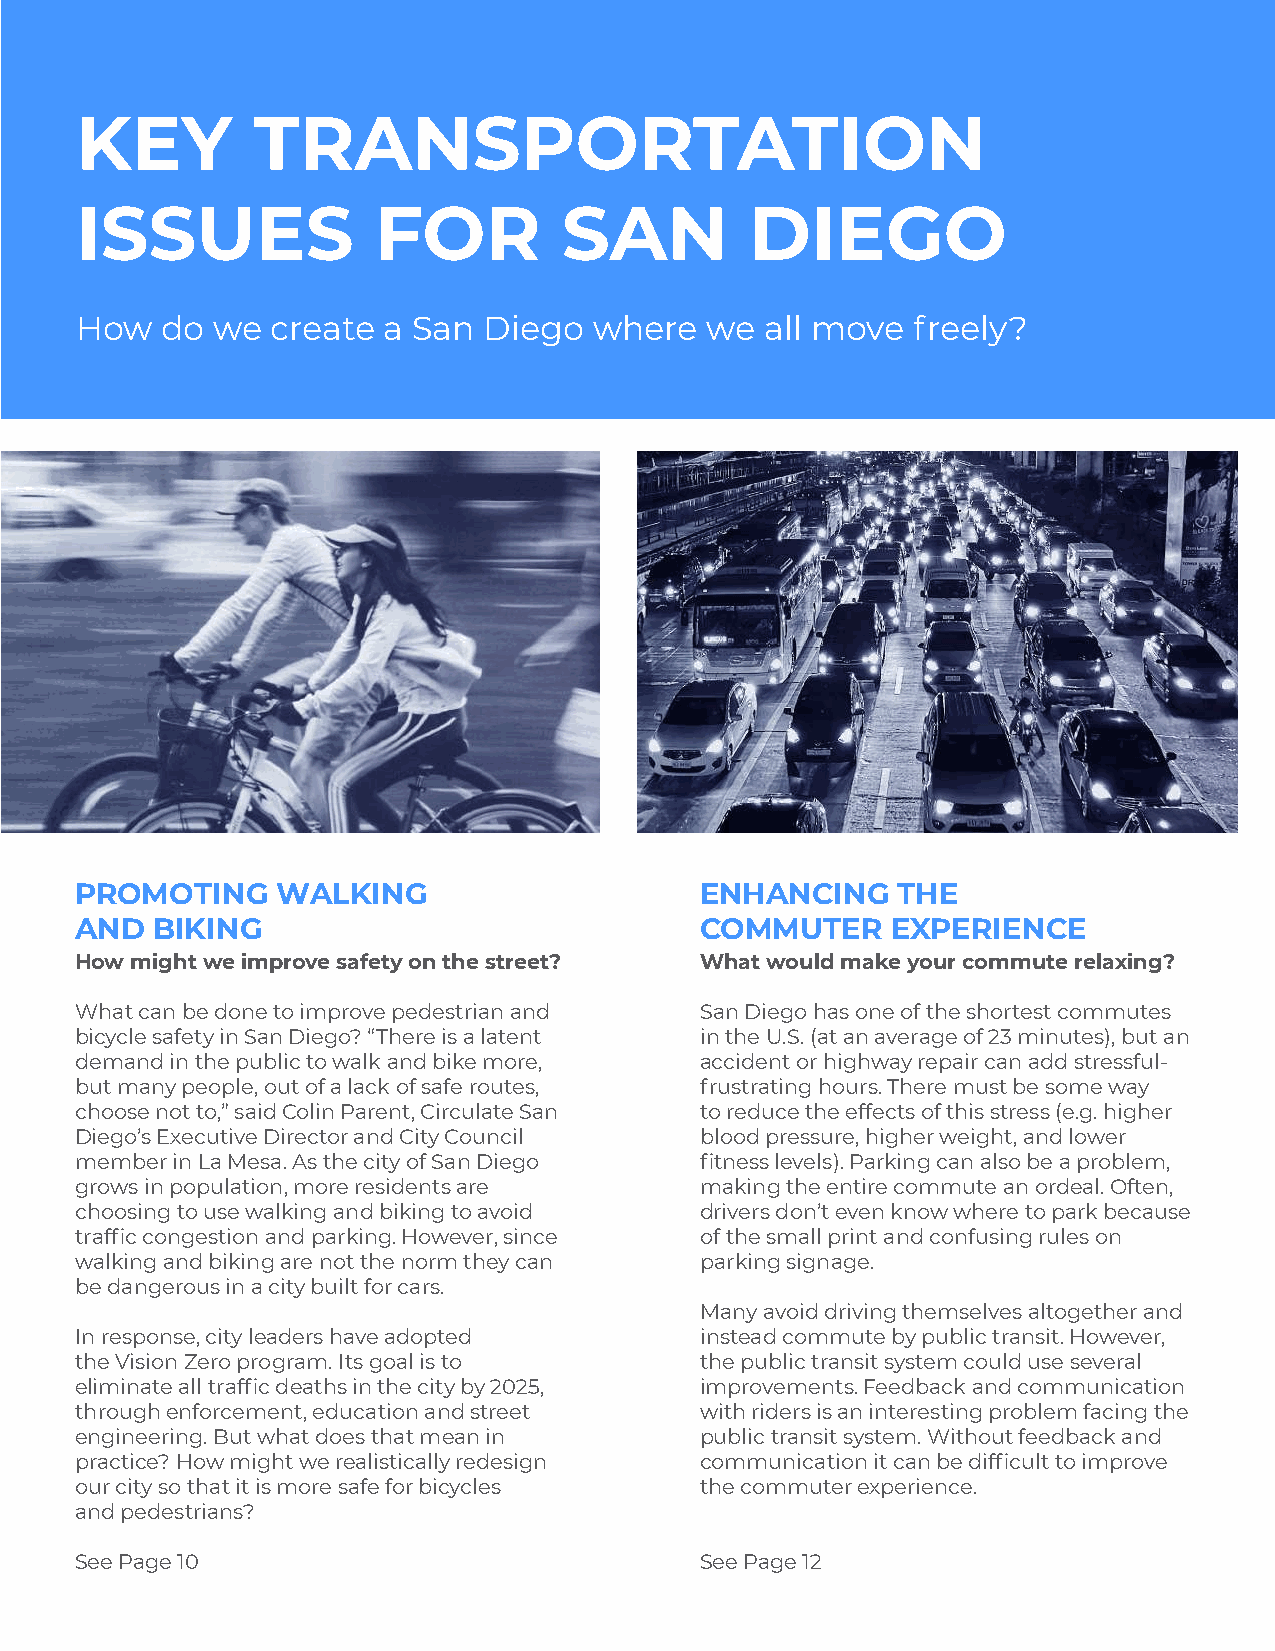
KEY         TRANSPORTATION
 ISSUES              FOR         SAN          DIEGO
 How   do we  create a San  Diego  where   we  all move freely?
 PROMOTING    WALKING                     ENHANCING    THE
 AND  BIKING                              COMMUTER     EXPERIENCE
 How might we improve safety on the street? What would make your commute relaxing?
 What can be done to improve pedestrian and San Diego has one of the shortest commutes
 bicycle safety in San Diego? “There is a latent in the U.S. (at an average of 23 minutes), but an
 demand in the public to walk and bike more, accident or highway repair can add stressful-
 but many people, out of a lack of safe routes, frustrating hours. There must be some way
 choose not to,” said Colin Parent, Circulate San to reduce the effects of this stress (e.g. higher
 Diego’s Executive Director and City Council blood pressure, higher weight, and lower
 member in La Mesa. As the city of San Diego fitness levels). Parking can also be a problem,
 grows in population, more residents are  making the entire commute an ordeal. Often,
 choosing to use walking and biking to avoid drivers don’t even know where to park because
 traffic congestion and parking. However, since of the small print and confusing rules on
 walking and biking are not the norm they can parking signage.
 be dangerous in a city built for cars.
 Many avoid driving themselves altogether and
 In response, city leaders have adopted   instead commute by public transit. However,
 the Vision Zero program. Its goal is to  the public transit system could use several
 eliminate all traffic deaths in the city by 2025, improvements. Feedback and communication
 through enforcement, education and street with riders is an interesting problem facing the
 engineering. But what does that mean in  public transit system. Without feedback and
 practice? How might we realistically redesign communication it can be difficult to improve
 our city so that it is more safe for bicycles the commuter experience.
 and pedestrians?
 See Page 10                              See Page 12